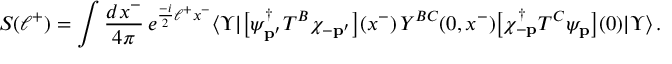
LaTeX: S ( \ell ^ { + } ) = \int \frac { d x ^ { - } } { 4 \pi } \, e ^ { \frac { - i } { 2 } \ell ^ { + } x ^ { - } } \langle \Upsilon | \big [ \psi _ { \bf p ^ { \prime } } ^ { \dagger } T ^ { B } \chi _ { - { \bf p ^ { \prime } } } \big ] ( x ^ { - } ) \, { \cal Y } ^ { B C } ( 0 , x ^ { - } ) \big [ \chi _ { - { \bf p } } ^ { \dagger } T ^ { C } \psi _ { \bf p } \big ] ( 0 ) | \Upsilon \rangle \, .